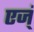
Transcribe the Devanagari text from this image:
एज्ं